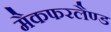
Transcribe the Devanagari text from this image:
मैकफरलैण्ड